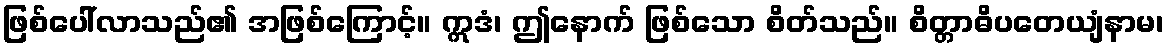
ဖြစ်ပေါ်လာသည်၏ အဖြစ်ကြောင့်။ ဣဒံ၊ ဤနောက် ဖြစ်သော စိတ်သည်။ စိတ္တာဓိပတေယျံနာမ၊